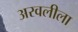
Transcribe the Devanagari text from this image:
अरवलीला